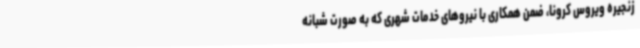
زنجیره ویروس کرونا، ضمن همکاری با نیروهای خدمات شهری که به صورت شبانه